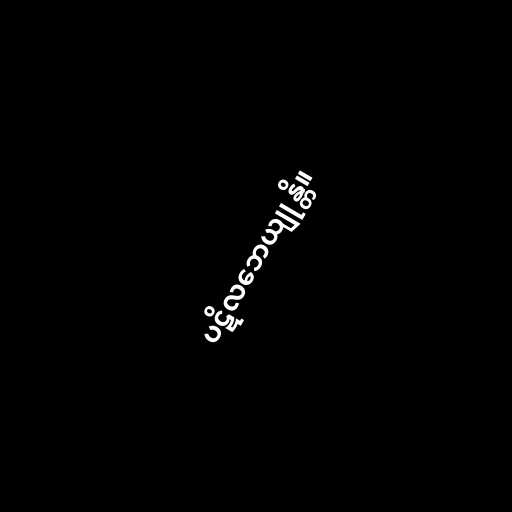
ပဋိလဘေယျုန္တိ။